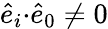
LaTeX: \hat{e}_{i}{\cdot}\hat{e}_{0}\not=0